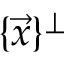
\{ { \vec { x } } \} ^ { \perp }